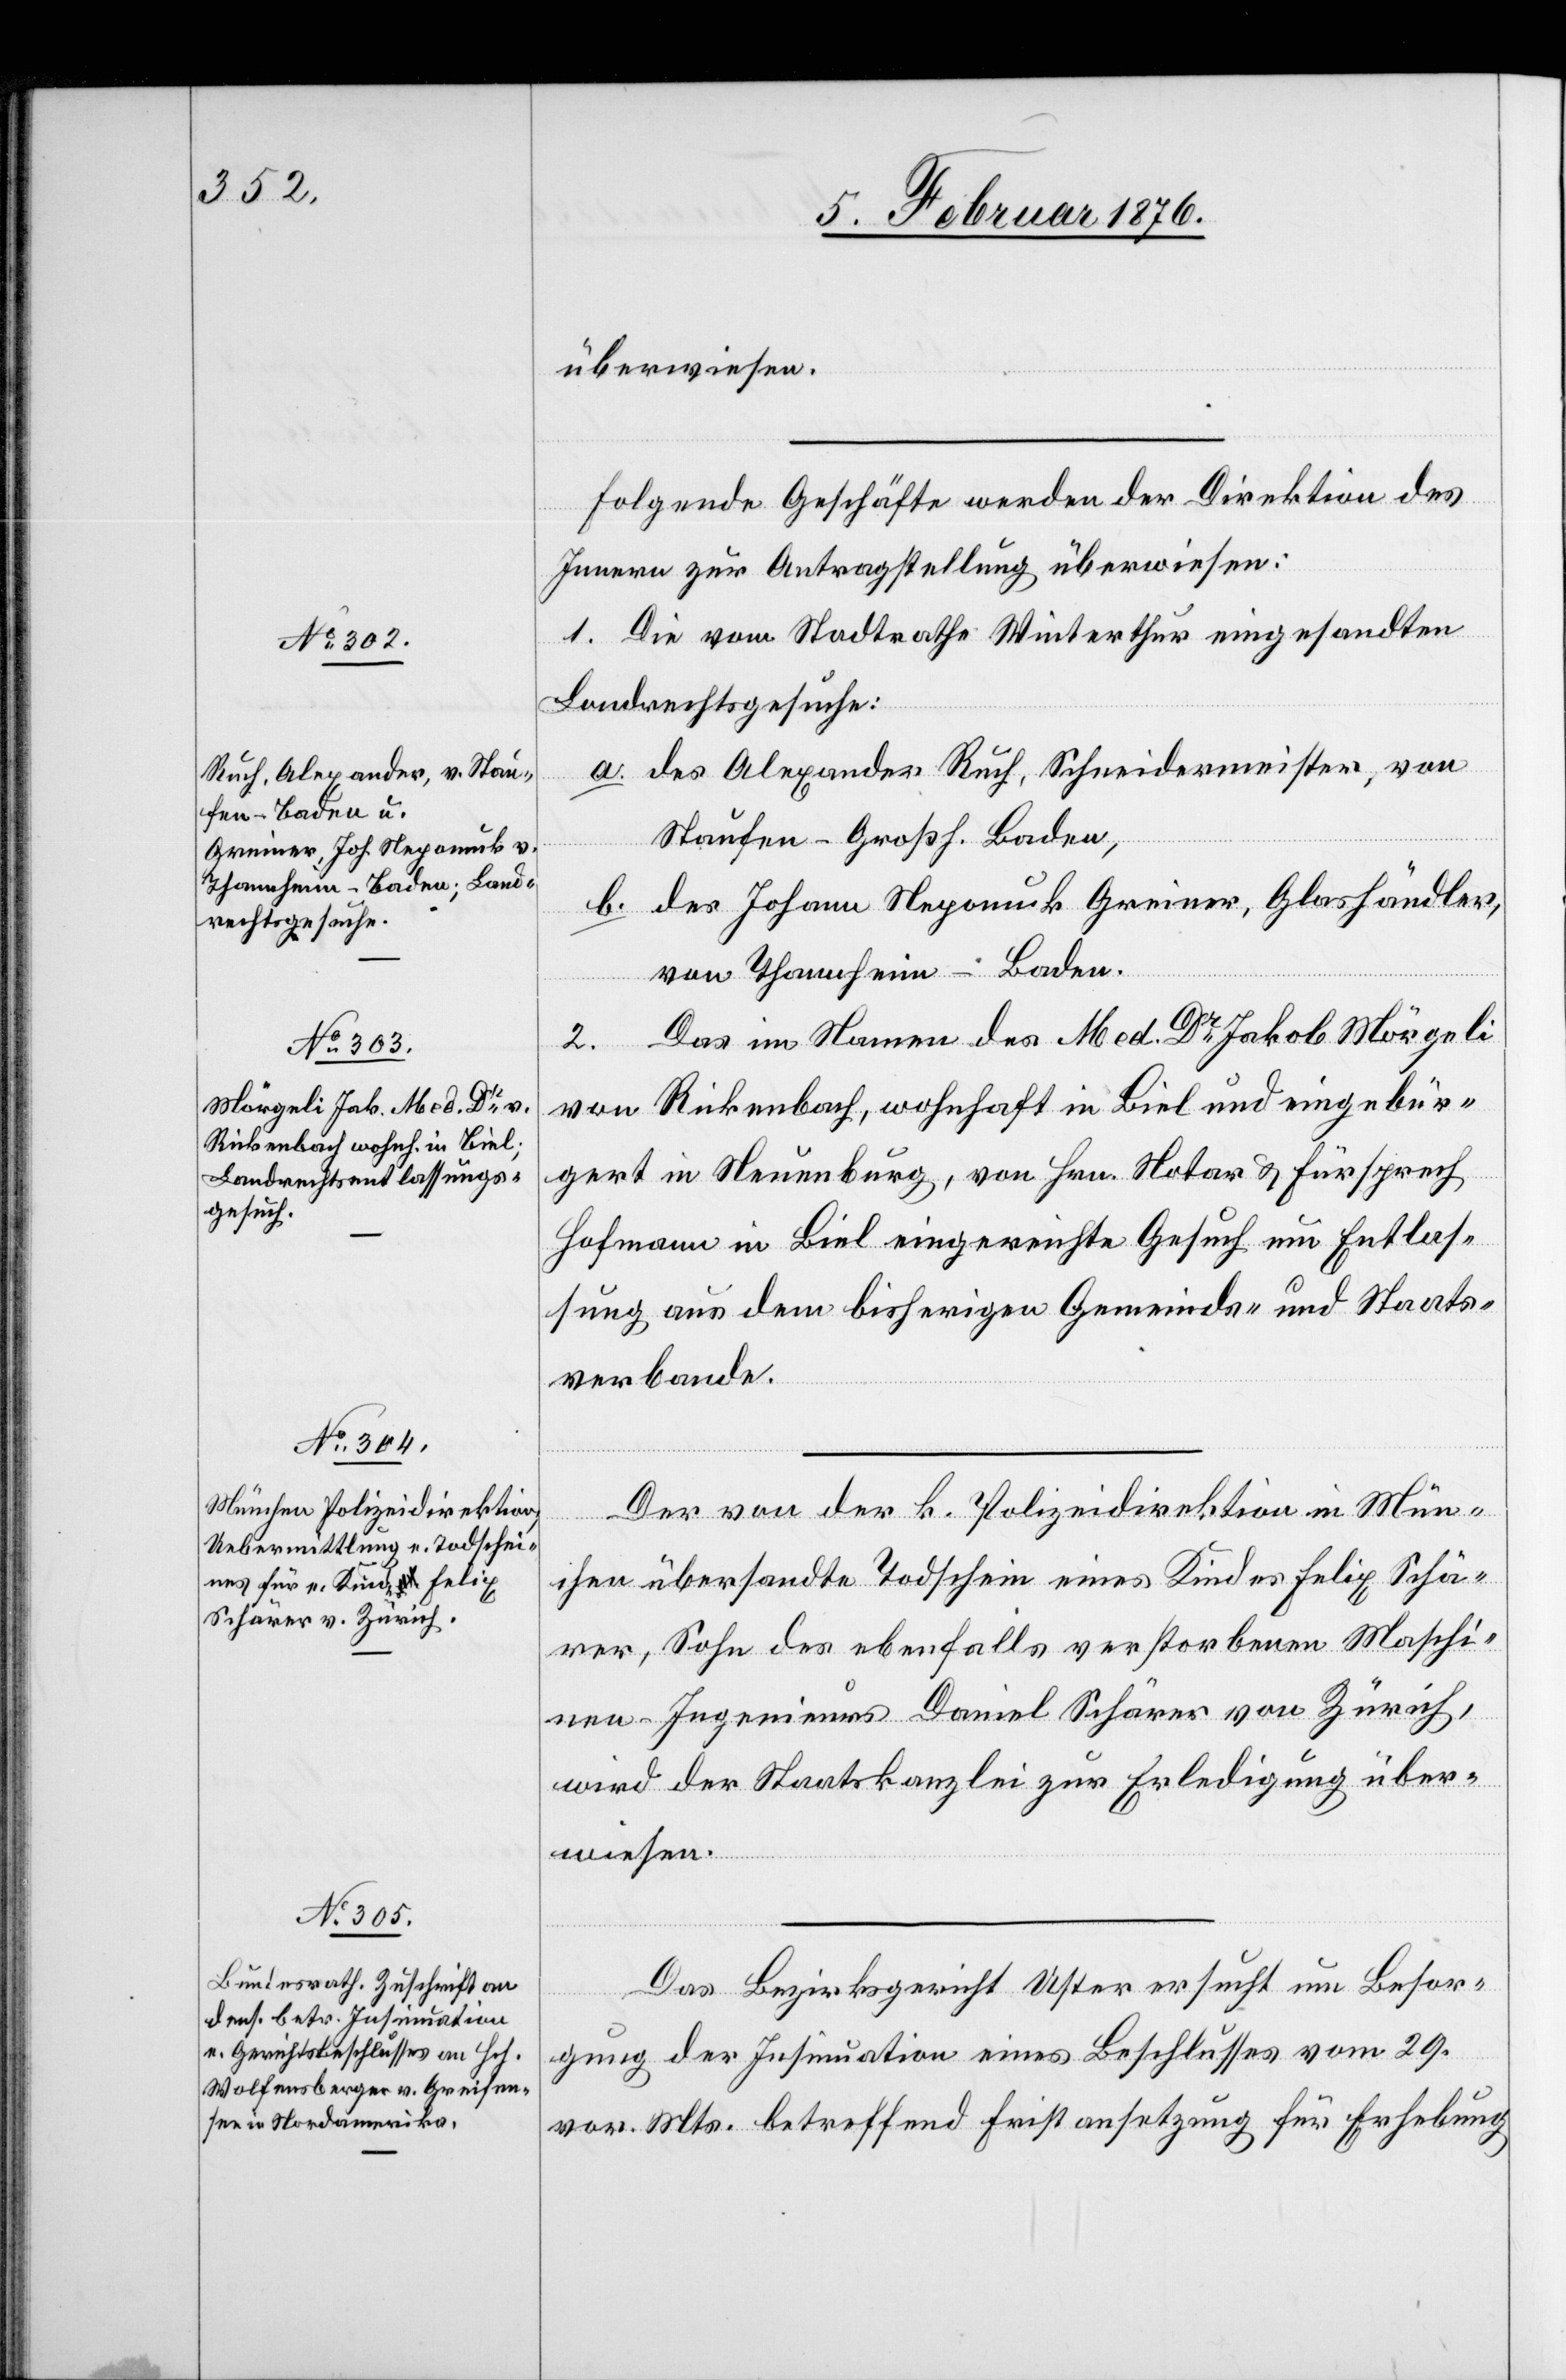
5. Februar 1876.]
überwiesen.
Folgende Geschäfte werden der Direktion des
Innern zur Antragstellung überwiesen:
1. Die vom Stadtrath Winterthur eingesandten
Landrechtsgesuche:
a. des Alexander Ruch, Schneidermeister, von
Staufen - Großh. Baden,
des Johann Nepomuk Greiner, Glashändler,
b.
von Thannheim - Baden.
Das im Namen des Med. Dr Jakob Mörgeli
2.
von Rickenbach, wohnhaft in Biel und eingebür¬
gert in Neuenburg, von Hrn. Notar & Fürsprech
Hofmann in Biel eigesandte Gesuch um Entlas¬
sung aus dem bisherigen Gemeinde- und Staats¬
verbande.
Der von der k. Polizeidirektion in Mün¬
chen übersandte Todschein eines Kindes Felix Schä¬
rer, Sohn des ebenfalls verstorbenen Maschi¬
nen-Ingenieurs Daniel Schärer von Zürich,
wird der Staatskanzlei zur Erledigung über¬
wiesen.
Das Bezirksgericht Uster ersucht um Besor¬
gung der Insinuation eines Beschlusses vom 29.
vor. Mts. betreffend Fristansetzung für Erhebung